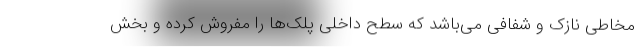
مخاطی نازک و شفافی می‌باشد که سطح داخلی پلک‌ها را مفروش کرده و بخش